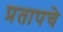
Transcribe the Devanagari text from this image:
प्रतापचे